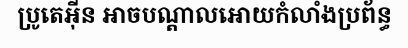
ប្រូតេអ៊ីន អាចបណ្តាលអោយកំលាំងប្រព័ន្ធ